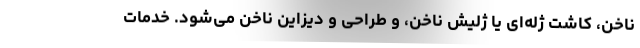
ناخن، کاشت ژله‌ای یا ژلیش ناخن، و طراحی و دیزاین ناخن می‌شود. خدمات